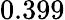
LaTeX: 0.399